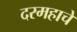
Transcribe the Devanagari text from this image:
दरमहाचे